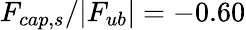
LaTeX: F_{cap,s}/|F_{ub}|=-0.60